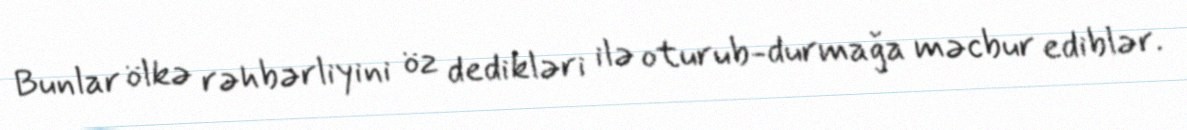
Bunlar ölkə rəhbərliyini öz dedikləri ilə oturub-durmağa məcbur ediblər.